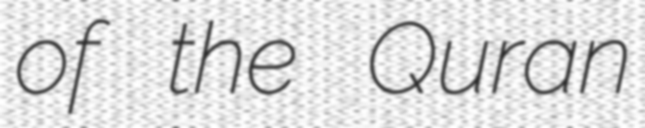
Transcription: of the Quran